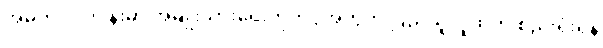
အဓိက လုပ်ငန်းမှာ အမျိုးသားရေးတိုက်ပွဲအတွက် ပြည်သူလူထုကို စည်းရုံးရန်